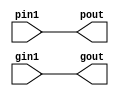
`timescale 1ns / 1ps
//////////////////////////////////////////////////////////////////////////////////
// Company: 
// Engineer: 
// 
// Design Name: 
// Module Name: buffer
// Project Name: 
// Target Devices: 
// Tool Versions: 
// Description: 
// 
// Dependencies: 
// 
// Revision:
// Revision 0.01 - File Created
// Additional Comments:
// 
//////////////////////////////////////////////////////////////////////////////////


module buffer(pout,gout,pin1,gin1);
input pin1,gin1;
output pout,gout;
    assign gout=gin1;
    assign pout=pin1;
endmodule